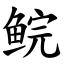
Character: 鲩